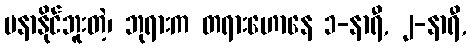
မနာနိုင်ဘူးတဲ့၊ ဘုရားက တရားဟောနေ ၁-နာရီ, ၂-နာရီ,